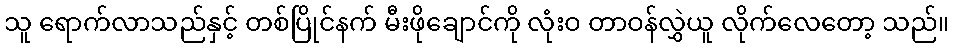
သူ ရောက်လာသည်နှင့် တစ်ပြိုင်နက် မီးဖိုချောင်ကို လုံးဝ တာဝန်လွှဲယူ လိုက်လေတော့ သည်။